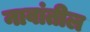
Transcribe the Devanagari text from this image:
नावांतील